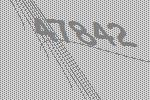
47842